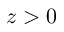
z > 0